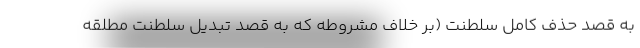
به قصد حذف کامل سلطنت (بر خلاف مشروطه که به قصد تبدیل سلطنت مطلقه